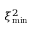
\ensuremath { \ensuremath { \xi ^ { 2 } } _ { \mathrm { m i n } } }